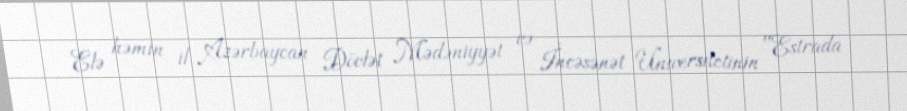
Elə həmin il Azərbaycan Dövlət Mədəniyyət və İncəsənət Universitetinin "Estrada